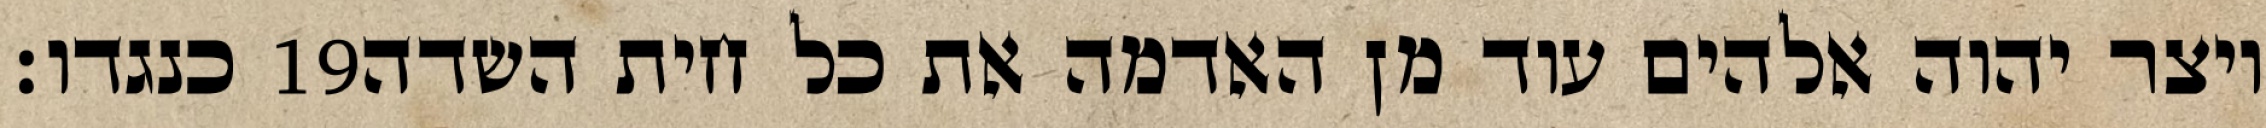
כנגדו׃ ‎19‏ ויצר יהוה אלהים עוד מן האדמה את כל חית השדה